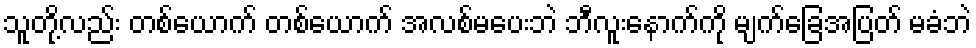
သူတို့လည်း တစ်ယောက် တစ်ယောက် အလစ်မပေးဘဲ ဘီလူးနောက်ကို မျက်ခြေအပြတ် မခံဘဲ